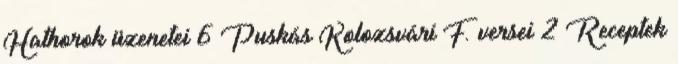
Hathorok üzenetei 6 Puskás Kolozsvári F. versei 2 Receptek